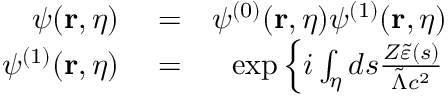
\begin{array} { r l r } { \psi ( \mathbf { r } , \eta ) } & { { } = } & { \psi ^ { ( 0 ) } ( \mathbf { r } , \eta ) \psi ^ { ( 1 ) } ( \mathbf { r } , \eta ) } \\ { \psi ^ { ( 1 ) } ( \mathbf { r } , \eta ) } & { { } = } & { \exp \left\{ i \int _ { \eta } d s \frac { Z \tilde { \varepsilon } ( s ) } { \tilde { \Lambda } c ^ { 2 } } \right. } \end{array}